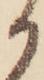
か